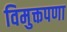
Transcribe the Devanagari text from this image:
विमुक्तपणा